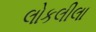
લોકલીલા